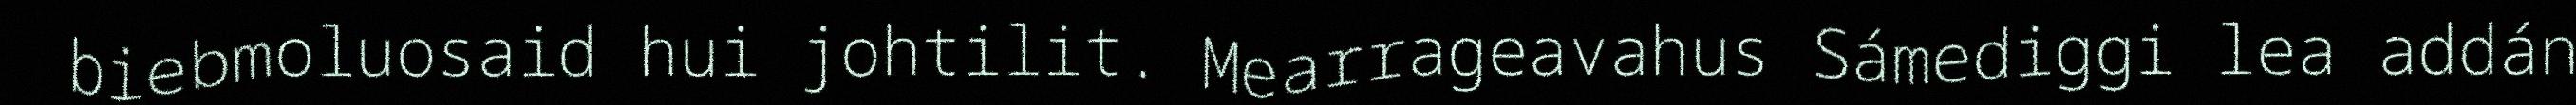
biebmoluosaid hui johtilit. Mearrageavahus Sámediggi lea addán